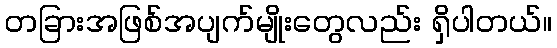
တခြားအဖြစ်အပျက်မျိုးတွေလည်း ရှိပါတယ်။